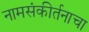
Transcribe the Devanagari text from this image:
नामसंकीर्तनाचा